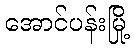
အောင်ပန်းမြို့